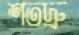
শতদ্রু